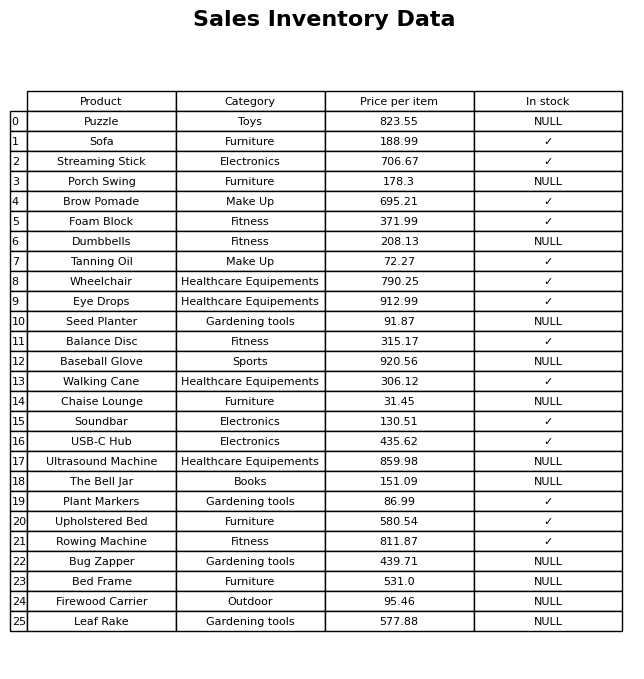
question: What is the price of the Puzzle?
answer: The price of Puzzle is 823.55.